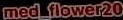
med_flower20